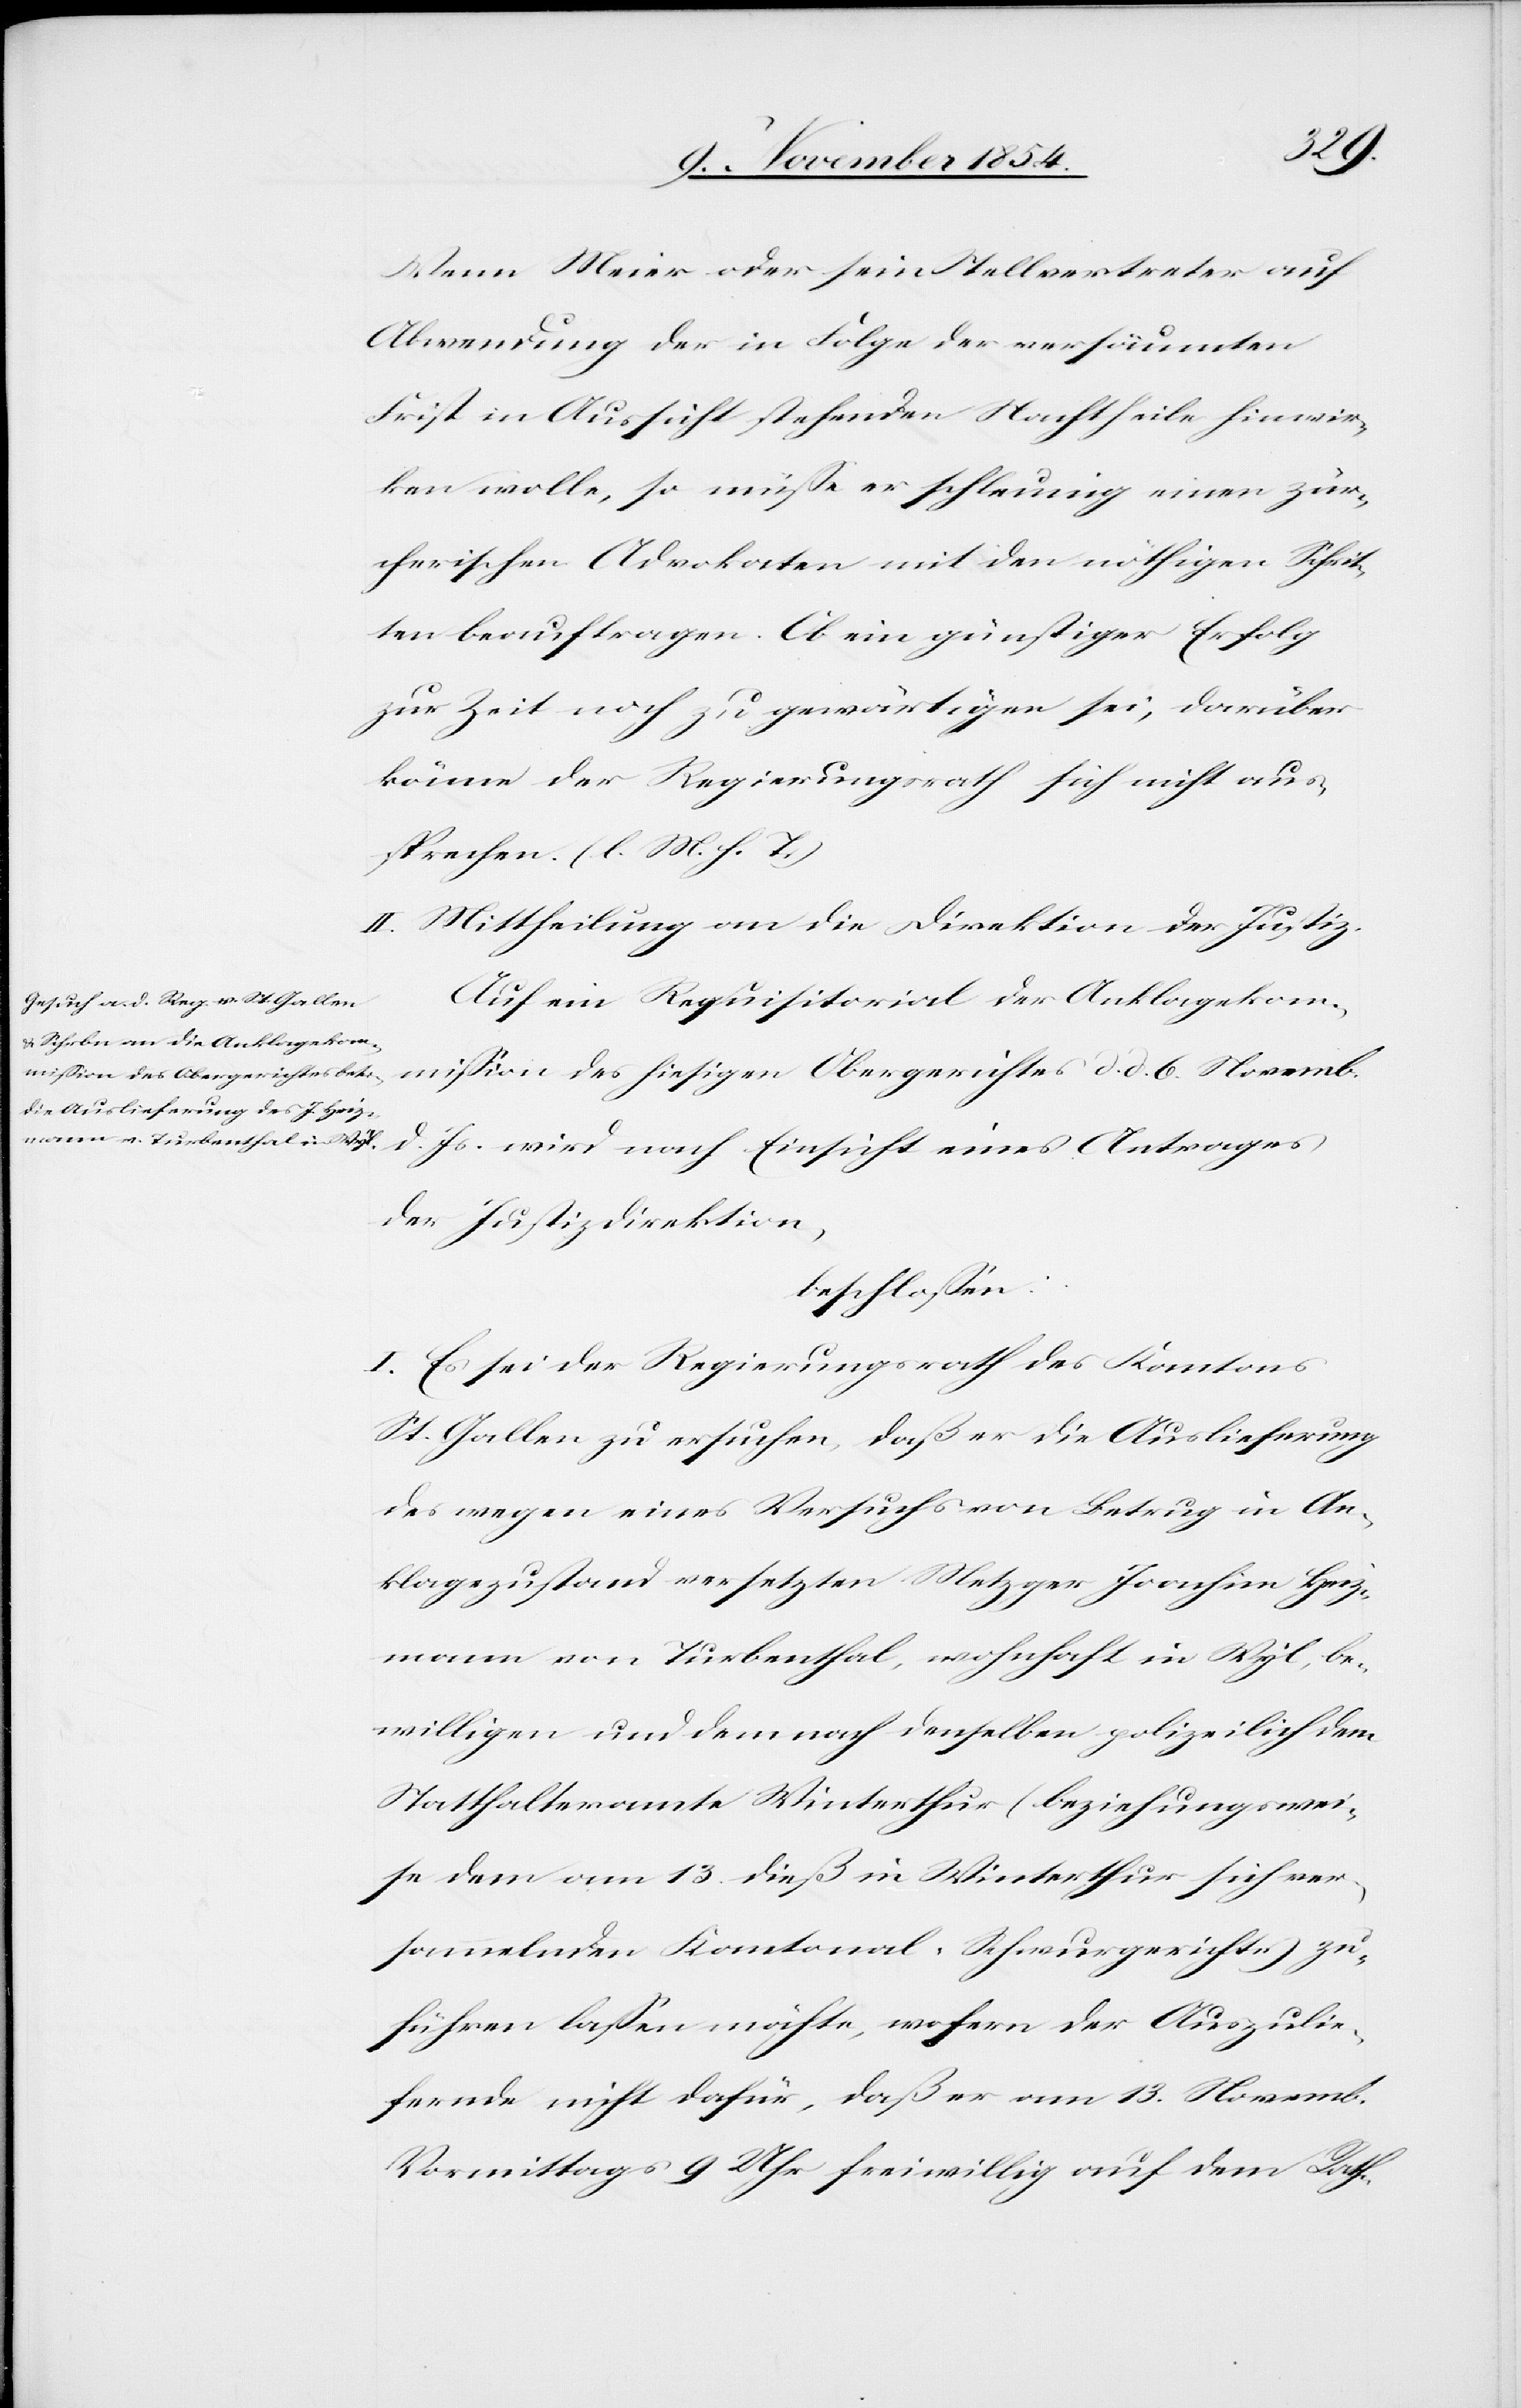
Wenn Meier oder seine Stellvertreter auf
Abwendung der in Folge der versäumten
Frist in Aussicht stehenden Nachtheile hinwir¬
ken wolle, so müße er schleunig einen zür¬
cherischen Advokaten mit den nöthigen Schrit¬
ten beauftragen. Ob ein günstiger Erfolg
zur Zeit noch zu gewärtigen sei, darüber
könne der Regierungsrath sich nicht aus¬
sprechen. (l. M. h. T.)
II. Mittheilung an die Direktion der Justiz.
Auf ein Requisitoriat der Anklagekom¬
mißion des hiesigen Obergerichtes d. d. 6. Novemb.
d. Js. wird nach Einsicht eines Antrages
der Justizdirektion,
beschloßen:
I. Es sei der Regierungsrath des Kantons
St. Gallen zu ersuchen, daß er die Auslieferung
des wegen eines Versuchs von Betrug in An¬
klagezustand versetzten Metzger Joachim Heiz¬
mann von Turbenthal, wohnhaft in Wyl, be¬
willigen und demnach denselben polizeilich dem
Statthalteramte Winterthur (beziehungswei¬
se dem am 13. dieß in Winterthur sich ver¬
sammelnden Kantonal-Schwurgerichte) zu¬
führend laßen möchte, wofern der Auszulie¬
fernde nicht dafür, daß er am 13. Novemb.
Vormittags 9 Uhr freiwillig auf dem Rath-